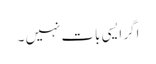
اگر ایسی بات نہیں ۔